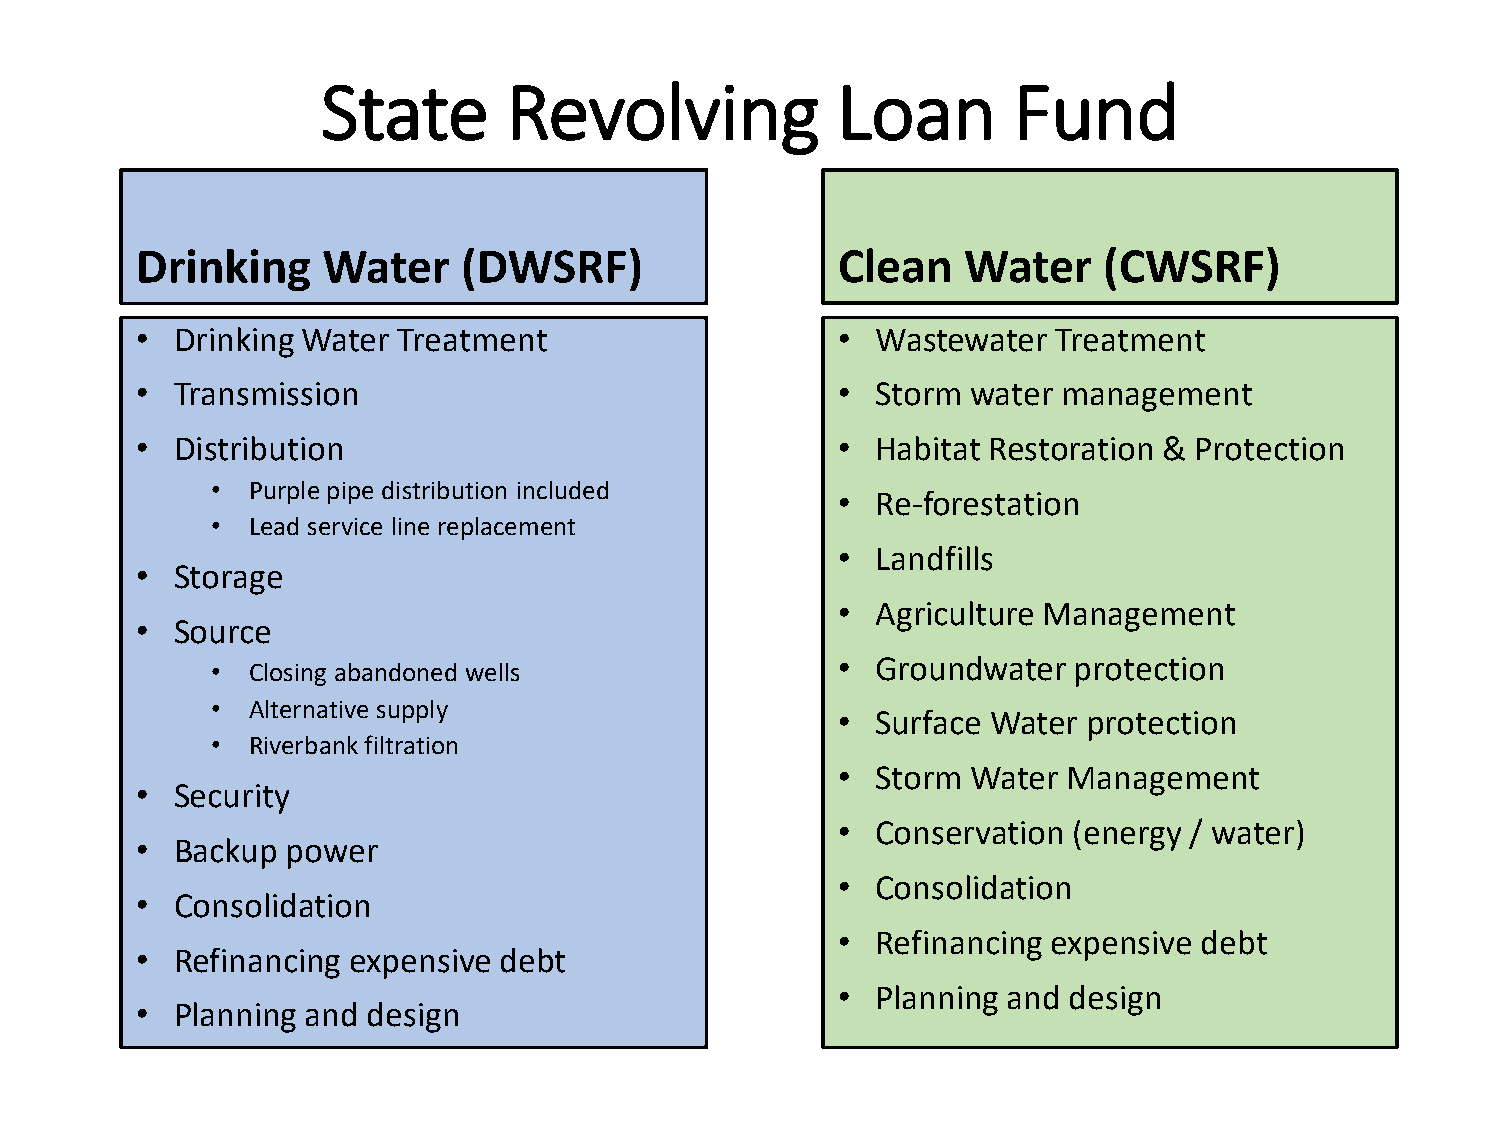
State        Revolving            Loan        Fund
 Drinking    Water     (DWSRF)                 Clean    Water    (CWSRF)
 • Drinking Water Treatment                    •  Wastewater  Treatment
 • Transmission                                •  Storm water management
 • Distribution                                •  Habitat Restoration & Protection
 • Purple pipe distribution included
 •  Re-forestation
 • Lead service line replacement
 •  Landfills
 • Storage
 •  Agriculture Management
 • Source
 •  Groundwater  protection
 • Closing abandoned wells
 • Alternative supply
 •  Surface Water protection
 • Riverbank filtration
 •  Storm Water  Management
 • Security
 •  Conservation (energy / water)
 • Backup  power
 •  Consolidation
 • Consolidation
 •  Refinancing expensive debt
 • Refinancing expensive debt
 •  Planning and design
 • Planning and design